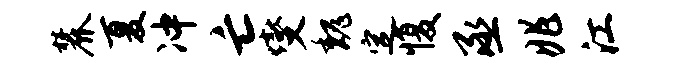
麓夏冲亡燮魏定愎丞兆江